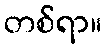
တစ်ရာ။